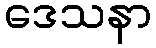
ဒေသနာ